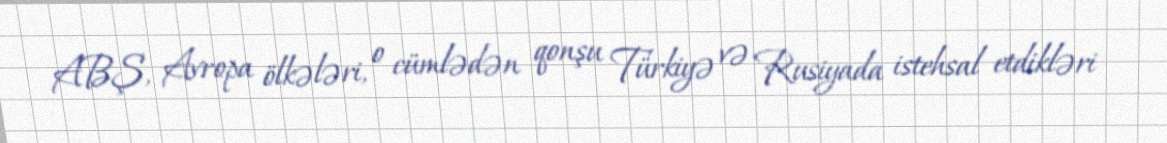
ABŞ, Avropa ölkələri, o cümlədən qonşu Türkiyə və Rusiyada istehsal etdikləri